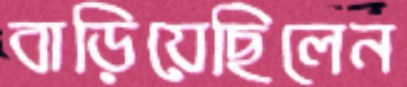
বাড়িয়েছিলেন